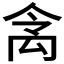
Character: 𱵹